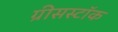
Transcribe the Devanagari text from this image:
ग्रीसस्टॉक